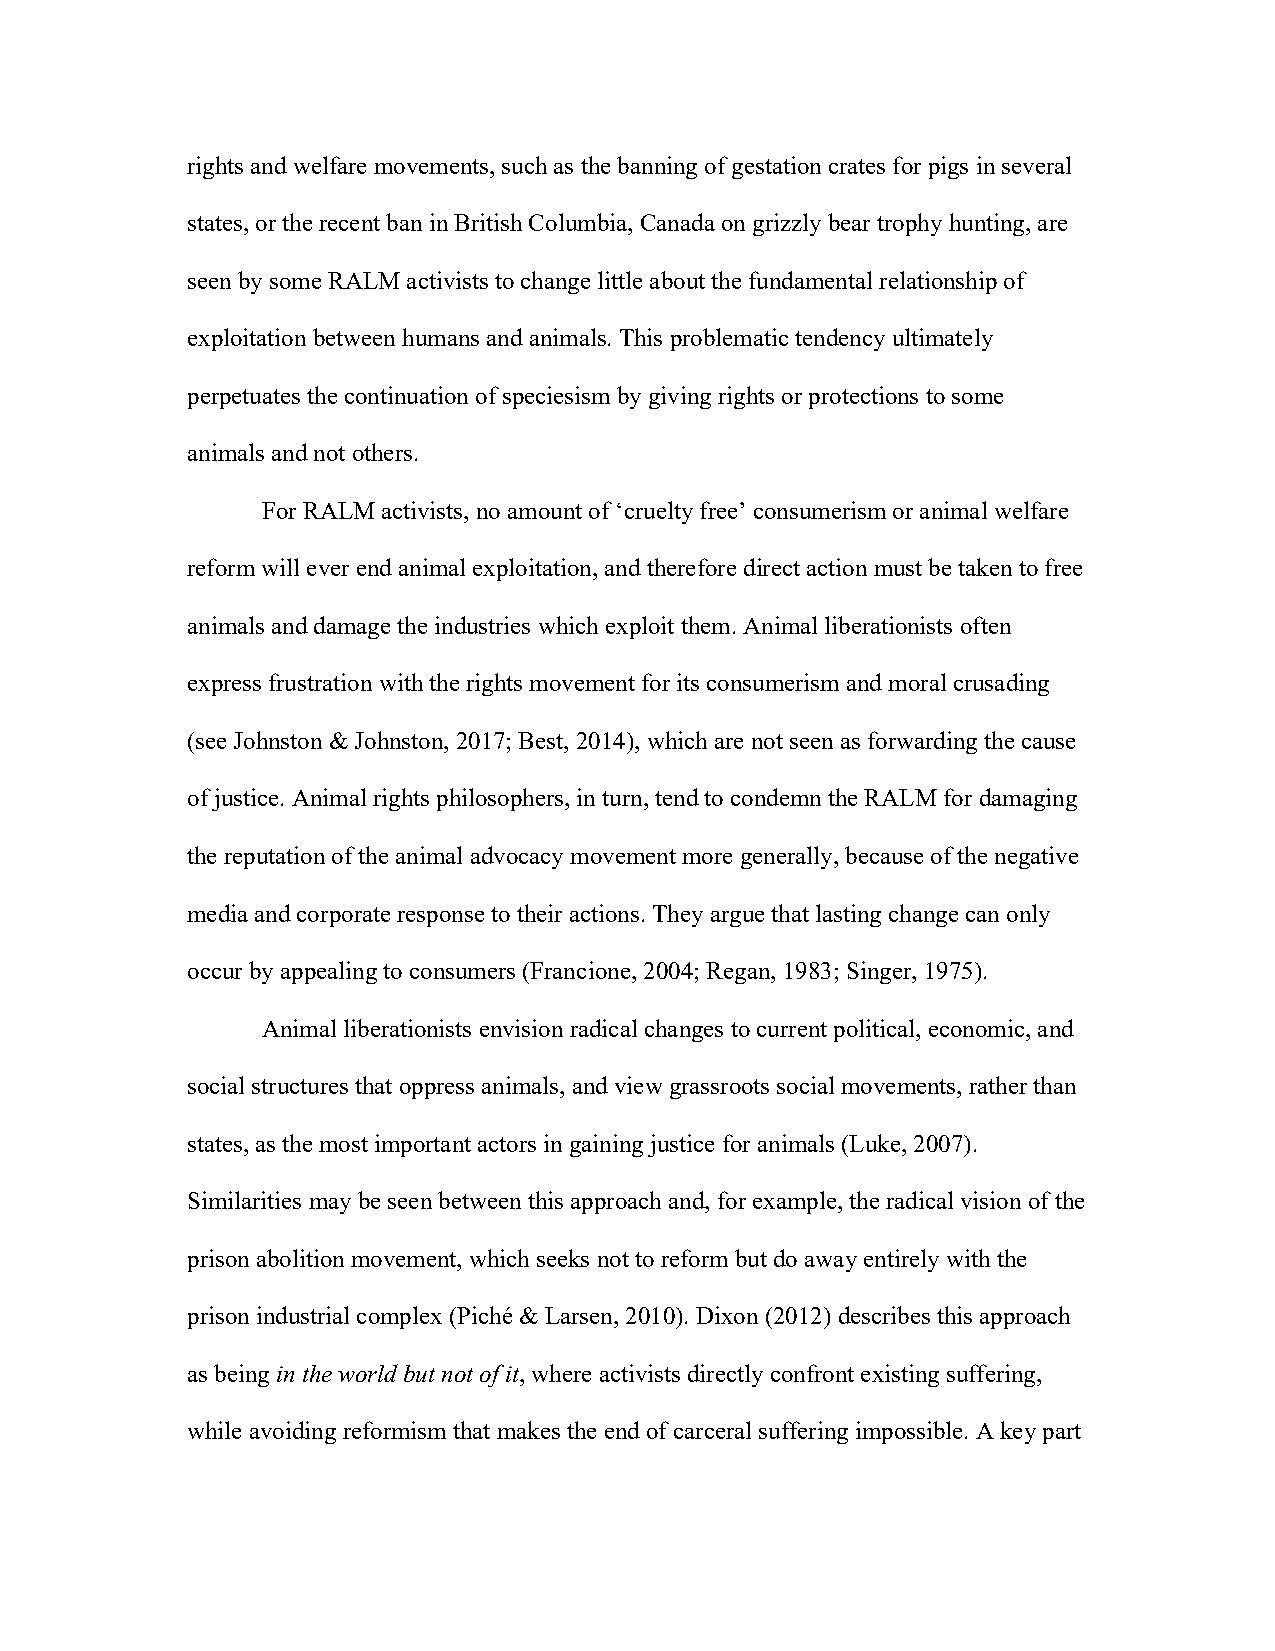
rights and welfare movements, such as the banning of gestation crates for pigs in several
 states, or the recent ban in British Columbia, Canada on grizzly bear trophy hunting, are
 seen by some RALM activists to change little about the fundamental relationship of
 exploitation between humans and animals. This problematic tendency ultimately
 perpetuates the continuation of speciesism by giving rights or protections to some
 animals and not others.
 For RALM activists, no amount of ‘cruelty free’ consumerism or animal welfare
 reform will ever end animal exploitation, and therefore direct action must be taken to free
 animals and damage the industries which exploit them. Animal liberationists often
 express frustration with the rights movement for its consumerism and moral crusading
 (see Johnston & Johnston, 2017; Best, 2014), which are not seen as forwarding the cause
 of justice. Animal rights philosophers, in turn, tend to condemn the RALM for damaging
 the reputation of the animal advocacy movement more generally, because of the negative
 media and corporate response to their actions. They argue that lasting change can only
 occur by appealing to consumers (Francione, 2004; Regan, 1983; Singer, 1975).
 Animal liberationists envision radical changes to current political, economic, and
 social structures that oppress animals, and view grassroots social movements, rather than
 states, as the most important actors in gaining justice for animals (Luke, 2007).
 Similarities may be seen between this approach and, for example, the radical vision of the
 prison abolition movement, which seeks not to reform but do away entirely with the
 prison industrial complex (Piché & Larsen, 2010). Dixon (2012) describes this approach
 as being in the world but not of it, where activists directly confront existing suffering,
 while avoiding reformism that makes the end of carceral suffering impossible. A key part